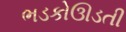
ભડકોઊડતી